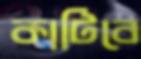
কাটিবে